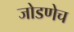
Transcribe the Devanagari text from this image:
जोडणेच